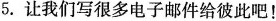
5.让我们写很多电子邮件给彼此吧！